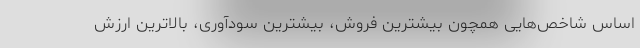
اساس شاخص‌هایی همچون بیشترین فروش، بیشترین سودآوری، بالاترین ارزش